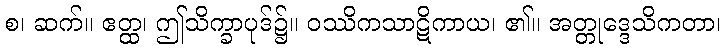
စ၊ ဆက်။ ဧတ္ထ၊ ဤသိက္ခာပုဒ်၌။ ဝဿိကသာဋိကာယ၊ ၏။ အတ္တုဒ္ဒေသိကတာ၊